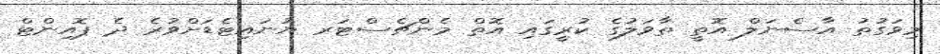
މިވަގުތު އާސެނަލް އޮތީ ތާވަލުގެ ކުރީގައި އޮތް މެންޗެސްޓަރ ޔުނައިޓެޑަށްވުރެ ދެ ޕޮއިންޓް